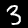
Digit: 3